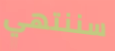
سننتهي